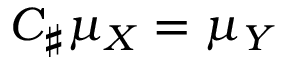
C _ { \sharp } \mu _ { X } = \mu _ { Y }